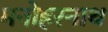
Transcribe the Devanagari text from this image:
मनोहरनाथ